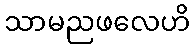
သာမညဖလေဟိ